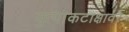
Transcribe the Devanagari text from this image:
कृपाकटाक्षावर